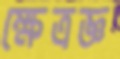
ক্ষেত্রজ্ঞ